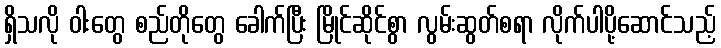
ရှိသလို ဝါးတွေ စည်တိုတွေ ခေါက်ပြီး မြိုင်ဆိုင်စွာ လွမ်းဆွတ်စရာ လိုက်ပါပို့ဆောင်သည့်